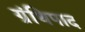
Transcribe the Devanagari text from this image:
ग्रंथिपाद